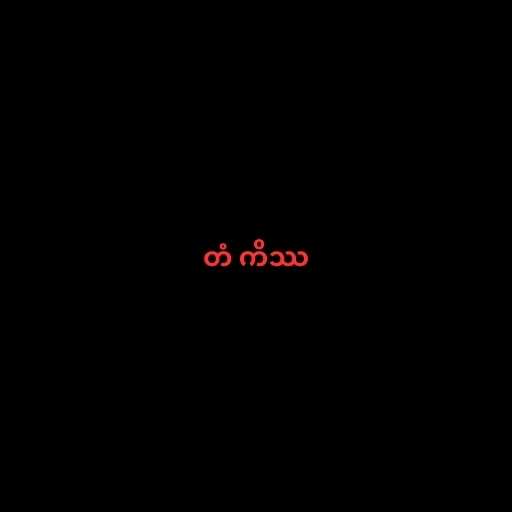
တံ ကိဿ